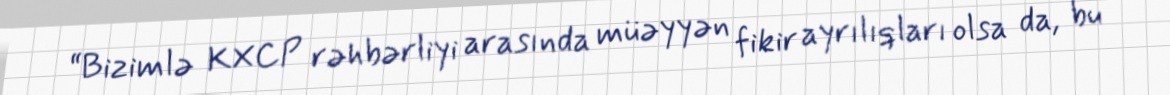
“Bizimlə KXCP rəhbərliyi arasında müəyyən fikir ayrılıqları olsa da, bu